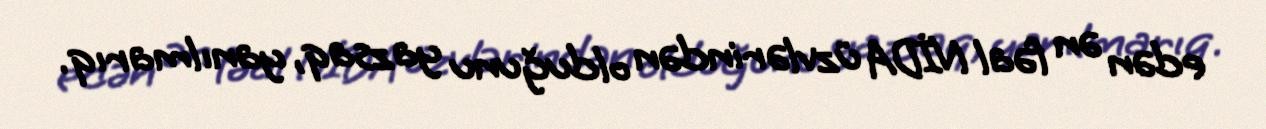
edən ən fəal NİDA üzvlərindən olduğunu yazsaq, yanılmarıq.